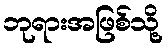
ဘုရားအဖြစ်သို့